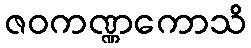
ဇဝကဏ္ဏကောသိ